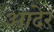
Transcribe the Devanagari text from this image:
आदेर